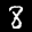
Label: 8